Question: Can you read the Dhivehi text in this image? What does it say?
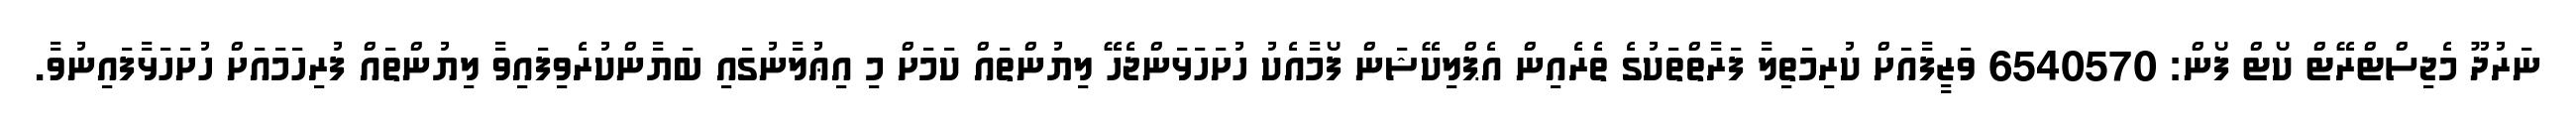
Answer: ނަރުދޫ މެޖިސްޓްރޭޓް ކޯޓް ފޯން: 6540570 ވަޒީފާއަށް ކުރިމަތިލާ ފަރާތްތަކުގެ ތެރެއިން އެޕްލިކޭޝަން ފޯމާއެކު ހުށަހަޅަންޖެހޭ ލިޔުންތައް ކަމަށް މި އިޢުލާނުގައި ބަޔާންކުރެވިފައިވާ ލިޔުންތައް ފުރިހަމައަށް ހުށަހަޅާފައިނުވާ.